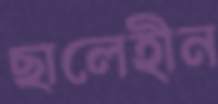
ছালেহীন